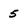
Character: 5